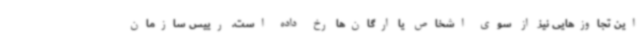
این تجاوزهایی نیز از سوی اشخاص یا ارگان‌ها رخ داده است. رییس سازمان